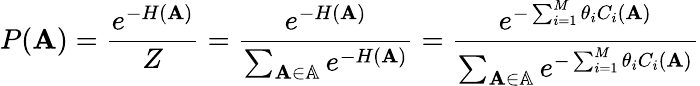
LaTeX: P(\mathbf{A})=\frac{e^{-H(\mathbf{A})}}{Z}=\frac{e^{-H(\mathbf{A})}}{\sum_{\mathbf{A}\in\mathbb{A}}e^{-H(\mathbf{A})}}=\frac{e^{-\sum_{i=1}^{M}\theta_{i}C_{i}(\mathbf{A})}}{\sum_{\mathbf{A}\in\mathbb{A}}e^{-\sum_{i=1}^{M}\theta_{i}C_{i}(\mathbf{A})}}